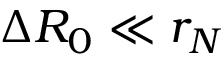
\Delta R _ { 0 } \ll r _ { N }